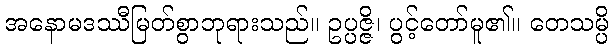
အနောမဒဿီမြတ်စွာဘုရားသည်။ ဥပ္ပဇ္ဇိ၊ ပွင့်တော်မူ၏။ တေသမ္ပိ